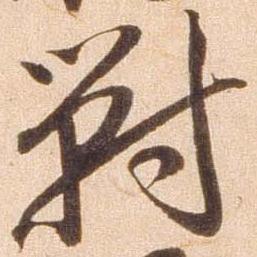
対